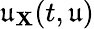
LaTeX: \mathfrak{u}_{\mathbf{X}}(t,\mathfrak{u})